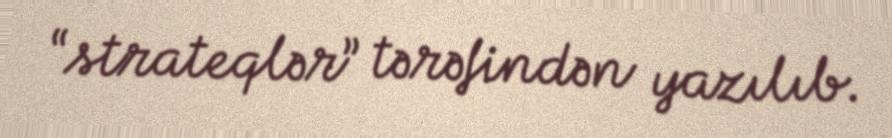
“strateqlər” tərəfindən yazılıb.